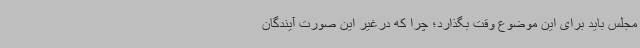
مجلس باید برای این موضوع وقت بگذارد؛ چرا که درغیر این صورت آیندگان